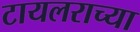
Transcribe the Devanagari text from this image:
टायलराच्या